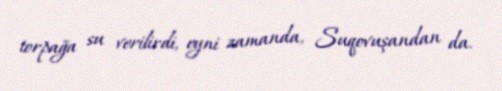
torpağa su verilirdi, eyni zamanda, Suqovuşandan da.